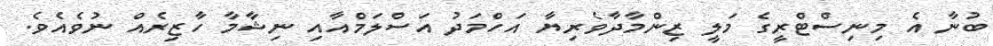
ބުނާ އެ މިނިސްޓްރީގެ މަލީ ޒިންމާދާވެރިޔާ އަހްމަދު އަސްލަމްއާއި ނިޝާމާ ހާޒިރެއް ނުވެއެވެ.